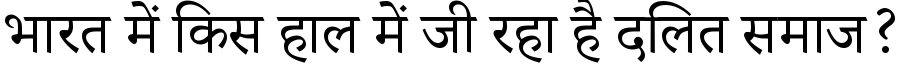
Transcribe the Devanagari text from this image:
भारत में किस हाल में जी रहा है दलित समाज?